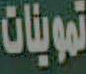
تموينات